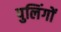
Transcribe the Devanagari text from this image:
पुलिंगों